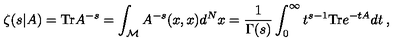
\zeta ( s | A ) = \mathrm { T r } A ^ { - s } = \int _ { { \cal M } } A ^ { - s } ( x , x ) d ^ { N } x = \frac { 1 } { \Gamma ( s ) } \int _ { 0 } ^ { \infty } t ^ { s - 1 } \mathrm { T r } e ^ { - t A } d t \: ,